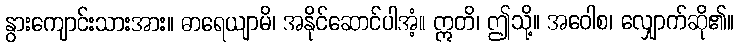
နွားကျောင်းသားအား။ ဓာရေယျာမိ၊ အနိုင်ဆောင်ပါအံ့။ ဣတိ၊ ဤသို့။ အဝေါစ၊ လျှောက်ဆို၏။